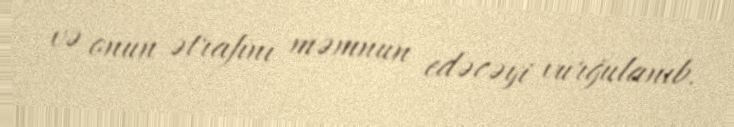
və onun ətrafını məmnun edəcəyi vurğulanıb.